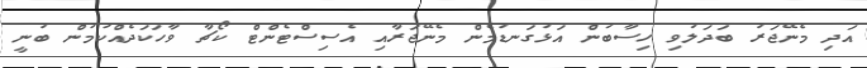
އަދި މެނޭޖަރު ބަދަލުވި ހިސާބުން އަޅުގަނޑުމެން މެނޭޖަރާއި އެސިސްޓެންޓް ކޯޗާ ވާހަކަދެއްކުމުން ބުނީ